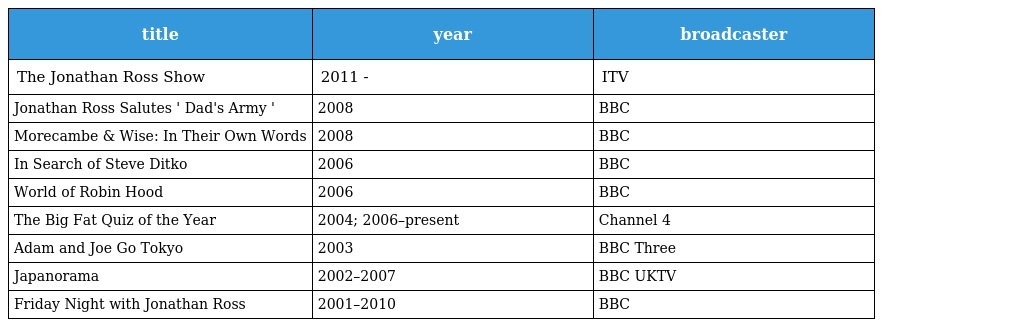
| title | year | broadcaster |
 | --- | --- | --- |
 | The Jonathan Ross Show | 2011 - | ITV |
 | Jonathan Ross Salutes ' Dad's Army ' | 2008 | BBC |
 | Morecambe & Wise: In Their Own Words | 2008 | BBC |
 | In Search of Steve Ditko | 2006 | BBC |
 | World of Robin Hood | 2006 | BBC |
 | The Big Fat Quiz of the Year | 2004; 2006–present | Channel 4 |
 | Adam and Joe Go Tokyo | 2003 | BBC Three |
 | Japanorama | 2002–2007 | BBC UKTV |
 | Friday Night with Jonathan Ross | 2001–2010 | BBC |